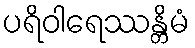
ပရိဝါရေဿန္တိမံ